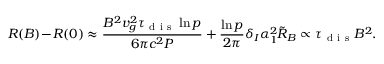
R ( B ) \! - \! R ( 0 ) \approx \frac { B ^ { 2 } v _ { g } ^ { 2 } \tau _ { \mathrm { ~ d ~ i ~ s ~ } } \ln p } { 6 \pi c ^ { 2 } P } + \frac { \ln p } { 2 \pi } \delta _ { I } \alpha _ { 1 } ^ { 2 } \tilde { R } _ { B } \propto \tau _ { \mathrm { ~ d ~ i ~ s ~ } } B ^ { 2 } .